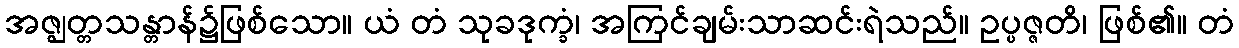
အဇ္ဈတ္တသန္တာန်၌ဖြစ်သော။ ယံ တံ သုခဒုက္ခံ၊ အကြင်ချမ်းသာဆင်းရဲသည်။ ဥပ္ပဇ္ဇတိ၊ ဖြစ်၏။ တံ